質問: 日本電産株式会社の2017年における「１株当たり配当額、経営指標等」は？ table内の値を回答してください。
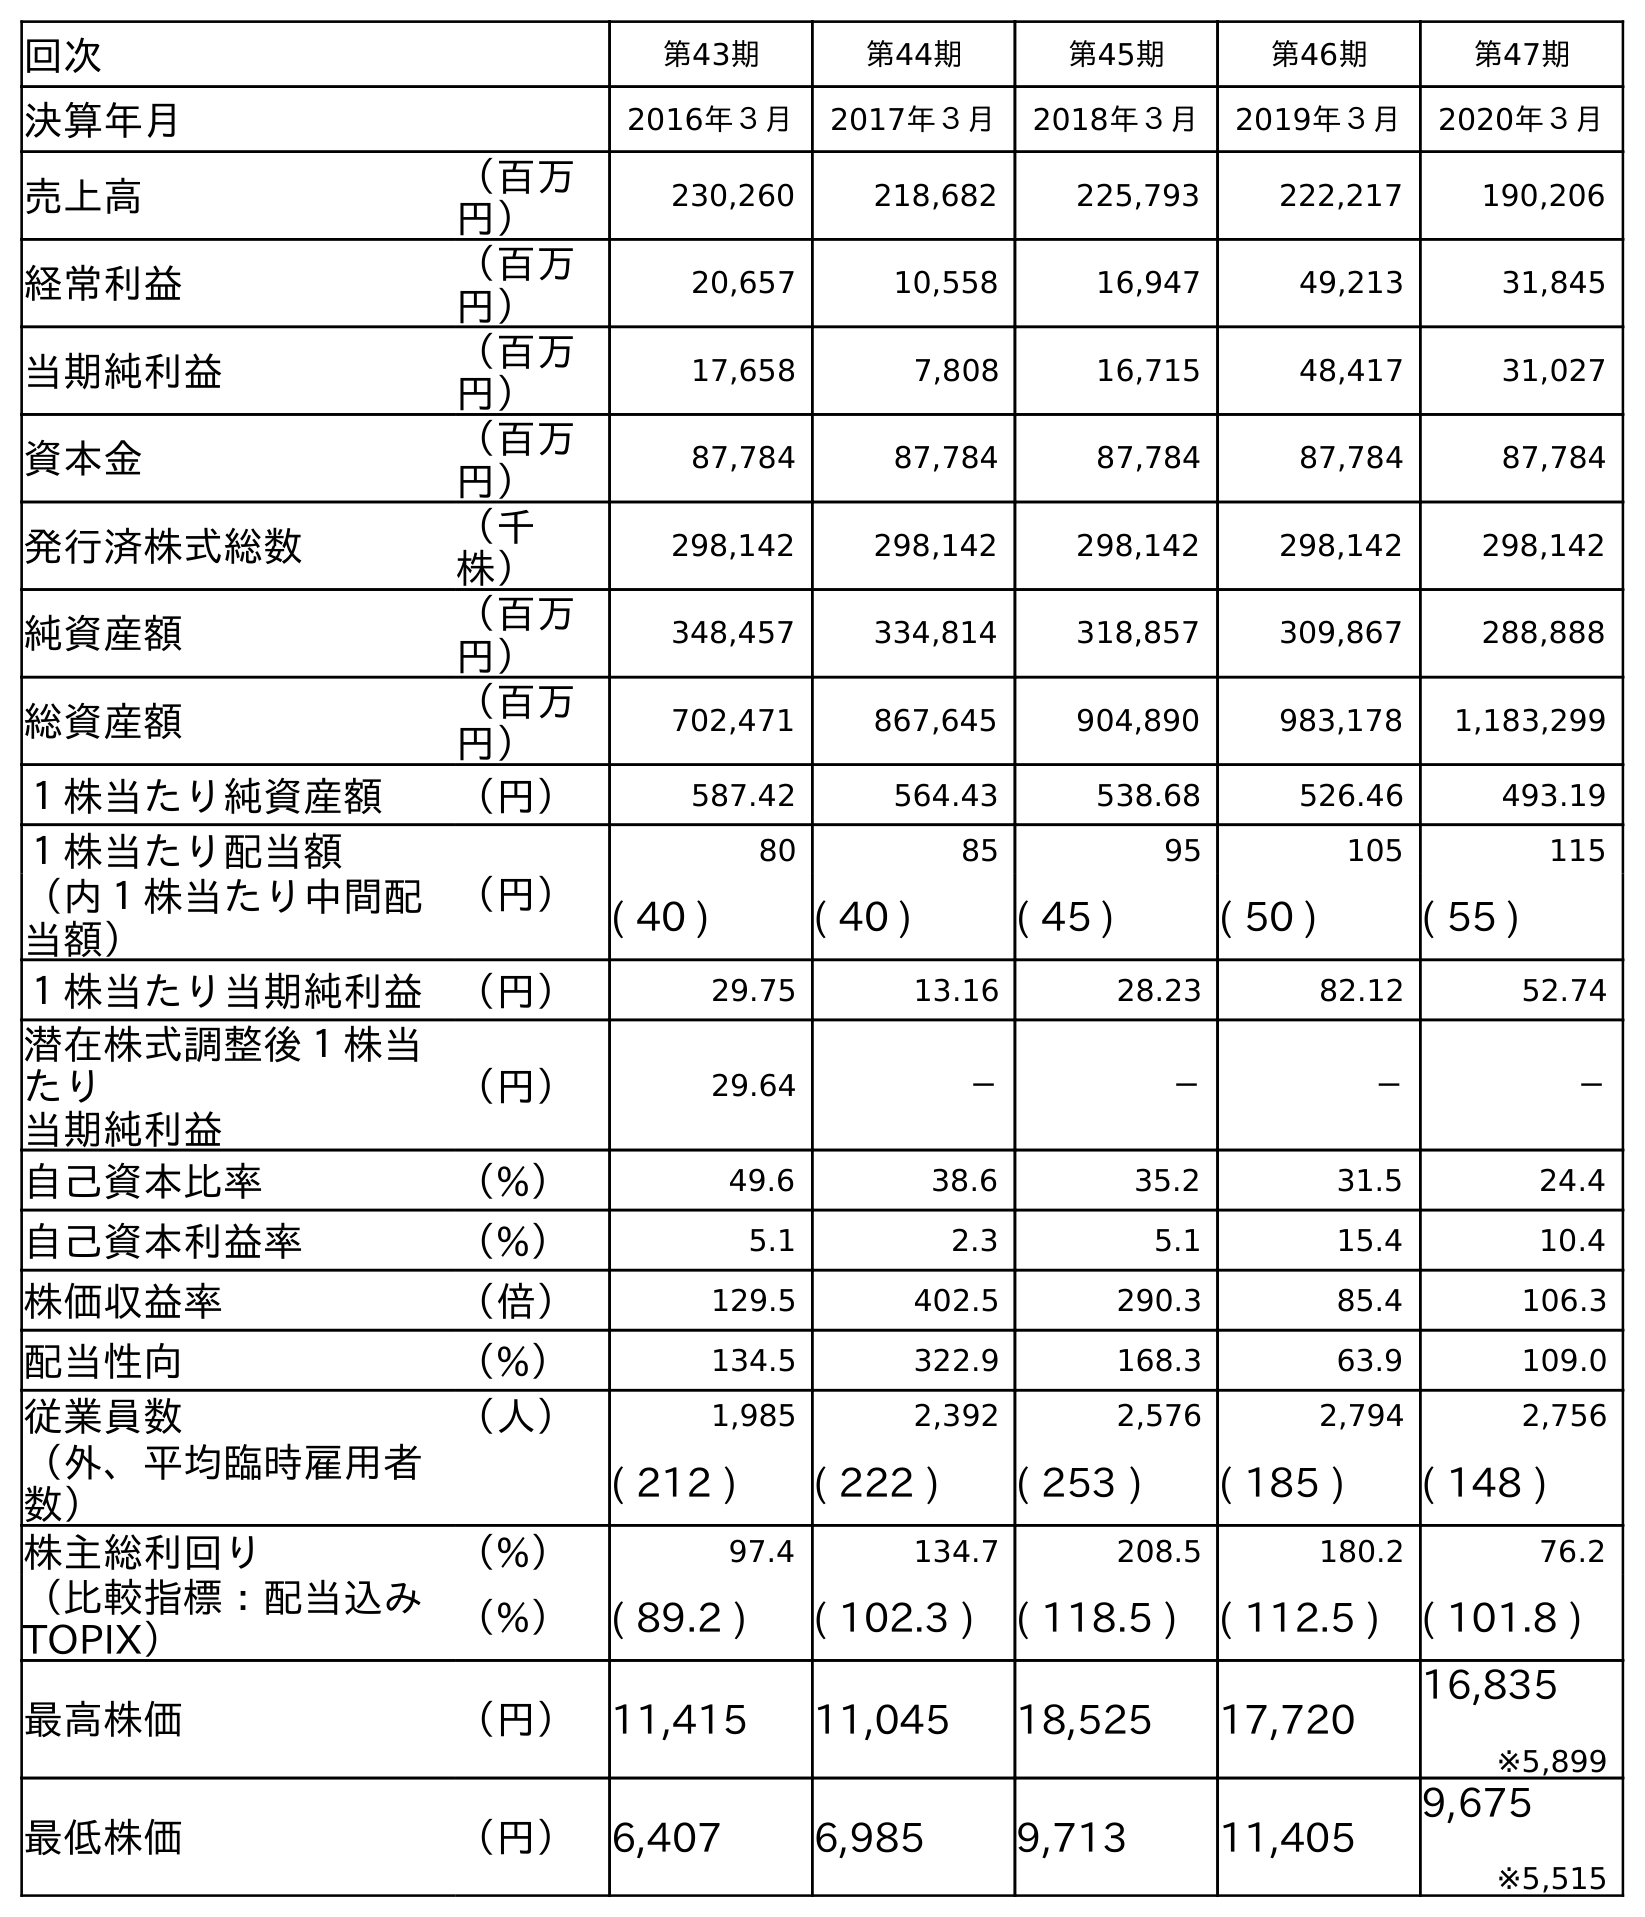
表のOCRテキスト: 回次 第43期 第44期 第45期 第46期 第47期 決算年月 2016年３月 2017年３月 2018年３月 2019年３月 2020年３月 売上高 （百万 円） 230,260 218,682 225,793 222,217 190,206 経常利益 （百万 円） 20,657 10,558 16,947 49,213 31,845 当期純利益 （百万 円） 17,658 7,808 16,715 48,417 31,027 資本金 （百万 円） 87,784 87,784 87,784 87,784 87,784 発行済株式総数 （千 株） 298,142 298,142 298,142 298,142 298,142 純資産額 （百万 円） 348,457 334,814 318,857 309,867 288,888 総資産額 （百万 円） 702,471 867,645 904,890 983,178 1,183,299 １株当たり純資産額 （円） 587.42 564.43 538.68 526.46 493.19 １株当たり配当額 （円） 80 85 95 105 115 （内１株当たり中間配 当額） ( 40 ) ( 40 ) ( 45 ) ( 50 ) ( 55 ) １株当たり当期純利益 （円） 29.75 13.16 28.23 82.12 52.74 潜在株式調整後１株当 たり 当期純利益 （円） 29.64 － － － － 自己資本比率 （%） 49.6 38.6 35.2 31.5 24.4 自己資本利益率 （%） 5.1 2.3 5.1 15.4 10.4 株価収益率 （倍） 129.5 402.5 290.3 85.4 106.3 配当性向 （%） 134.5 322.9 168.3 63.9 109.0 従業員数 （人） 1,985 2,392 2,576 2,794 2,756 （外、平均臨時雇用者 数） ( 212 ) ( 222 ) ( 253 ) ( 185 ) ( 148 ) 株主総利回り （%） 97.4 134.7 208.5 180.2 76.2 （比較指標：配当込み TOPIX） （%） ( 89.2 ) ( 102.3 ) ( 118.5 ) ( 112.5 ) ( 101.8 ) 最高株価 （円） 11,415 11,045 18,525 17,720 16,835 ※5,899 最低株価 （円） 6,407 6,985 9,713 11,405 9,675 ※5,515
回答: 85